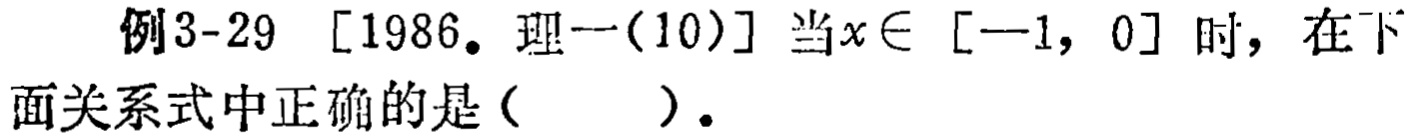
例3-29 [1986. 理一(10)] 当$x\in[-1,0]$时，在下面关系式中正确的是（  ）.